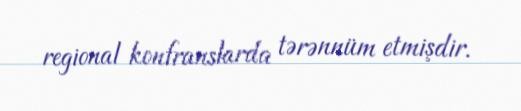
regional konfranslarda tərənnüm etmişdir.